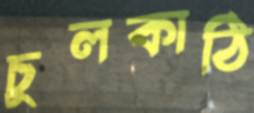
চুলকাঠি